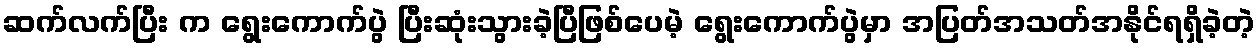
ဆက်လက်ပြီး က ရွေးကောက်ပွဲ ပြီးဆုံးသွားခဲ့ပြီဖြစ်ပေမဲ့ ရွေးကောက်ပွဲမှာ အပြတ်အသတ်အနိုင်ရရှိခဲ့တဲ့